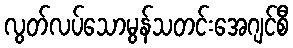
လွတ်လပ်သောမွန်သတင်းအေဂျင်စီ